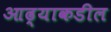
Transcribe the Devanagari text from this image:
आढ्याकडील